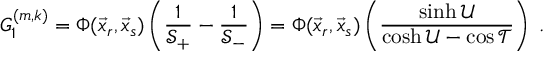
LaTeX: G _ { 1 } ^ { ( m , k ) } = \Phi ( \vec { x } _ { r } , \vec { x } _ { s } ) \left( \frac { 1 } { \mathcal { S } _ { + } } - \frac { 1 } { \mathcal { S } _ { - } } \right) = \Phi ( \vec { x } _ { r } , \vec { x } _ { s } ) \left( \frac { \sinh \mathcal { U } } { \cosh \mathcal { U } - \cos \mathcal { T } } \right) \; .